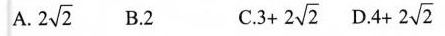
A. 2 \sqrt{2} B. 2 C. $$3 + 2 \sqrt { 2 }$$ D. $$4 + 2 \sqrt { 2 }$$